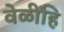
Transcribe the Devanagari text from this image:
वेळींहि